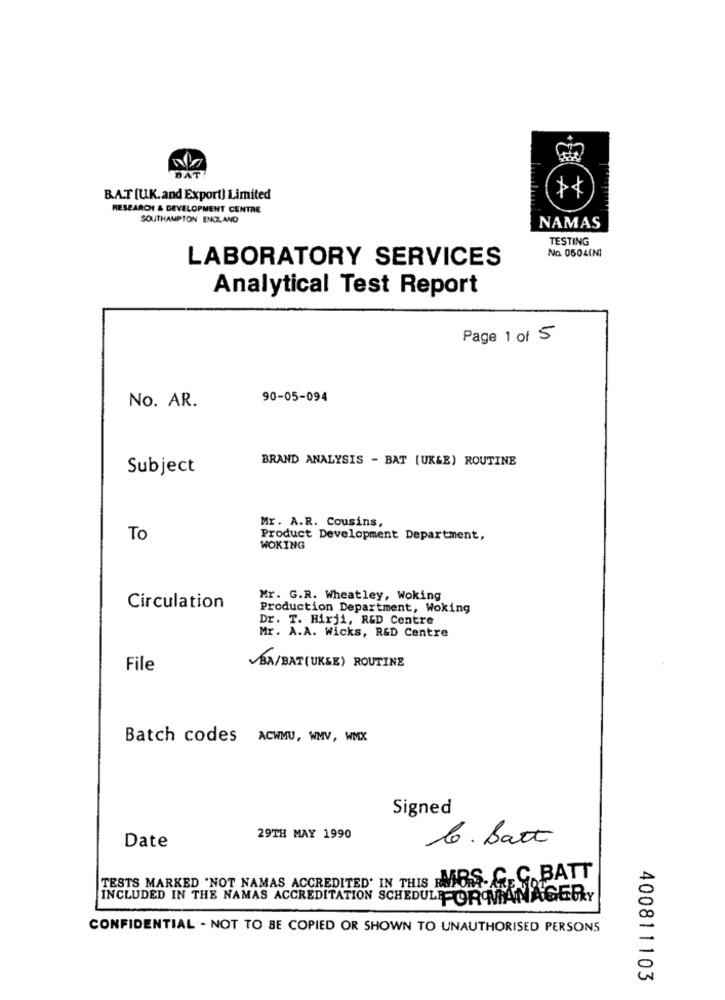
B.A.T [U.K.and Export) Limited
RESEARCH & DEVELOPMENT CENTRE
SOUTHAMPTON ENGLAND
NAMAS
TESTING
No. 0504(N)
LABORATORY SERVICES
Analytical Test Report
Page 1 of 5
90-05-094
No. AR.
BRAND ANALYSIS - BAT [UK&B) ROUTINE
Subject
Mr. A.R. Cousins,
To
Product Development Department,
WOKING
Mr. G.R. Wheatley, Woking
Circulation
Production Department, Woking
Dr. T. Hirji, R&D Centre
Mr. A.A. Wicks, R&D Centre
File
VBA/BAT(UKSE) ROUTINE
Batch codes ACWMU, WMV, WMX
Signed
29TH MAY 1990
le. Batt
Date
TESTS MARKED 'NOT NAMAS ACCREDITED' IN THIS MES. C.C. BATT
INCLUDED IN THE NAMAS ACCREDITATION SCHEDULE OROMANAGERY
CONFIDENTIAL - NOT TO BE COPIED OR SHOWN TO UNAUTHORISED PERSONS
400811103